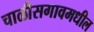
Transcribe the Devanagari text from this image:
चाळीसगावमधील